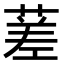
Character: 蒫